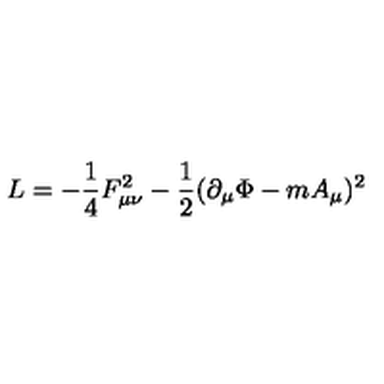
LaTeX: { \sl L } = - \frac { 1 } { 4 } F _ { \mu \nu } ^ { 2 } - \frac { 1 } { 2 } ( \partial _ { \mu } \Phi - m A _ { \mu } ) ^ { 2 }